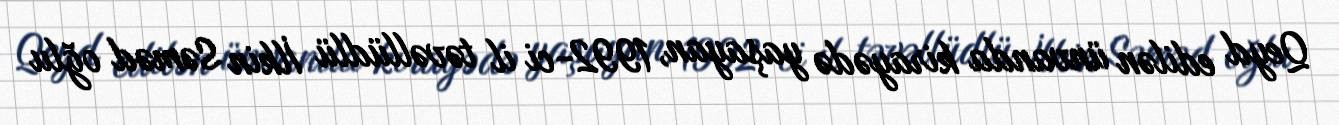
Qeyd edilən ünvanda kirayədə yaşayan, 1992-ci il təvəllüdlü İlkin Səməd oğlu